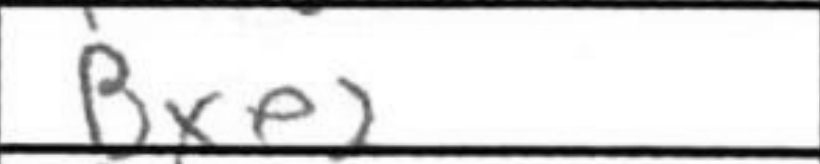
Transcription: Bxe2